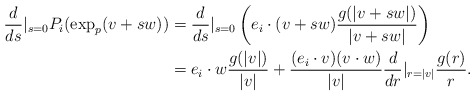
\begin{align*}\frac{d}{ds} |_{s=0} P_i(\exp_p(v + sw)) &= \frac{d}{ds}|_{s = 0} \left( e_i \cdot (v + sw) \frac{g(|v + sw|)}{|v + sw|} \right) \\&= e_i \cdot w \frac{g(|v|)}{|v|} + \frac{ (e_i \cdot v)(v \cdot w)}{|v|} {\frac{d}{dr}}|_{r = |v|} \frac{g(r)}{r} .\end{align*}